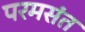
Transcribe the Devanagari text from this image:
परमसंत